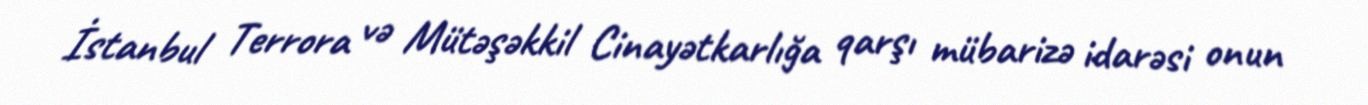
İstanbul Terrora və Mütəşəkkil Cinayətkarlığa qarşı mübarizə idarəsi onun